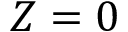
Z = 0